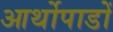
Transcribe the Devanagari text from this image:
आर्थोपाडों